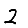
Digit: 2